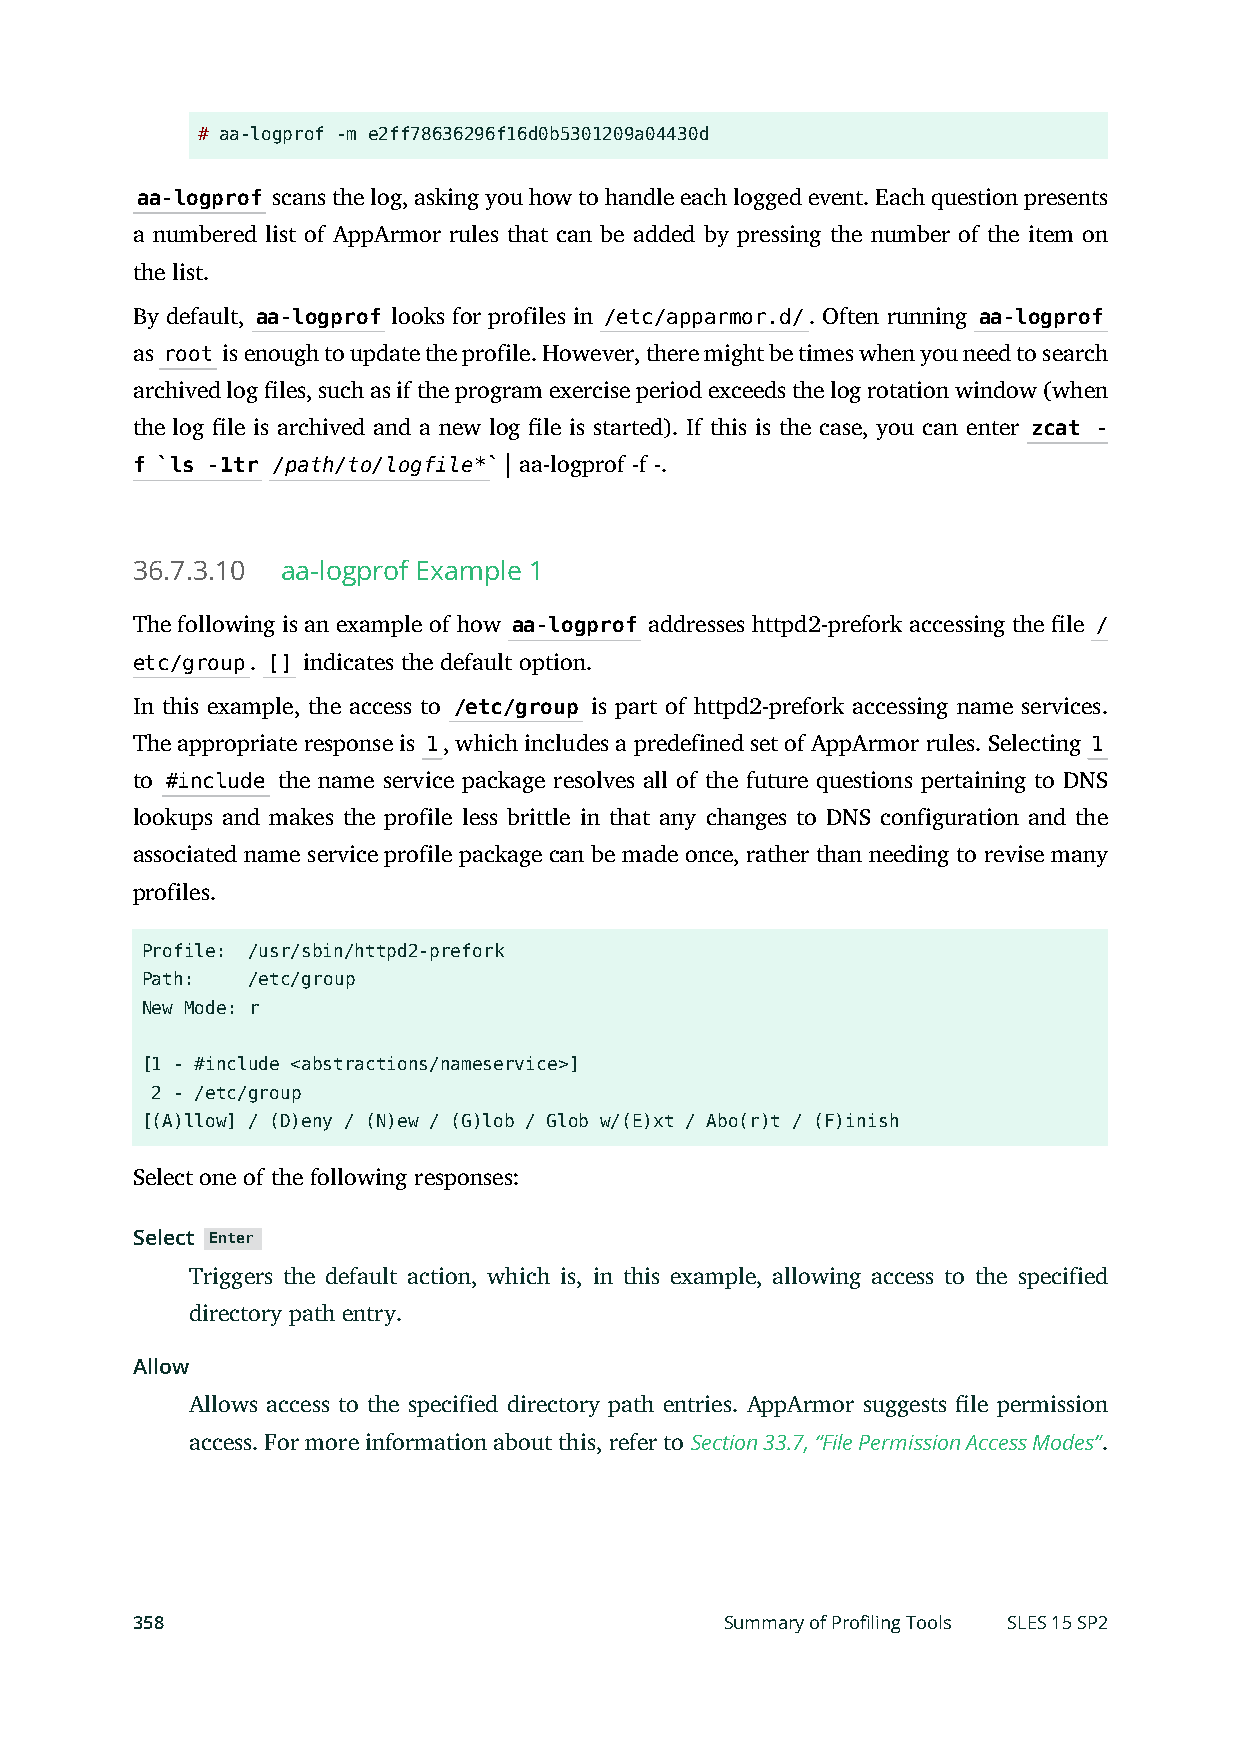
# aa-logprof -m e2ff78636296f16d0b5301209a04430d
 aa-logprof scans the log, asking you how to handle each logged event. Each question presents
 a numbered list of AppArmor rules that can be added by pressing the number of the item on
 the list.
 By default, aa-logprof looks for profiles in /etc/apparmor.d/. Often running aa-logprof
 as root is enough to update the profile. However, there might be times when you need to search
 archived log les, such as if the program exercise period exceeds the log rotation window (when
 the log le is archived and a new log le is started). If this is the case, you can enter zcat -
 f `ls -1tr /path/to/logfile*` | aa-logprof -f -.
 36.7.3.10 aa-logprof Example 1
 The following is an example of how aa-logprof addresses httpd2-prefork accessing the le /
 etc/group. [] indicates the default option.
 In this example, the access to /etc/group is part of httpd2-prefork accessing name services.
 The appropriate response is 1, which includes a predefined set of AppArmor rules. Selecting 1
 to #include the name service package resolves all of the future questions pertaining to DNS
 lookups and makes the profile less brittle in that any changes to DNS configuration and the
 associated name service profile package can be made once, rather than needing to revise many
 profiles.
 Profile: /usr/sbin/httpd2-prefork
 Path:  /etc/group
 New Mode: r
 [1 - #include <abstractions/nameservice>]
 2 - /etc/group
 [(A)llow] / (D)eny / (N)ew / (G)lob / Glob w/(E)xt / Abo(r)t / (F)inish
 Select one of the following responses:
 Select Enter
 Triggers the default action, which is, in this example, allowing access to the specified
 directory path entry.
 Allow
 Allows access to the specified directory path entries. AppArmor suggests le permission
 access. For more information about this, refer to Section 33.7, “File Permission Access Modes”.
 358                                    Summary of Profiling Tools SLES 15 SP2